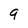
Character: 9